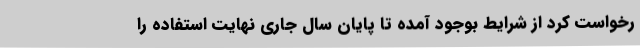
رخواست کرد از شرایط بوجود آمده تا پایان سال جاری نهایت استفاده را